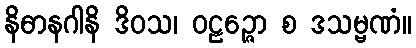
နိဓာနဂါနိ ဒိဝသ၊ ဝဠဉ္ဇော စ ဒသမ္ဗဏံ။